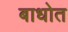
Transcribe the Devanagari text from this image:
बाधोत